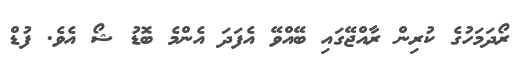
ރޯދަމަހުގެ ކުރިން ރާއްޖޭގައި ބޭއްވޭ އެފަދަ އެންމެ ބޮޑު ޝޯ އެވެ. ފުޑް